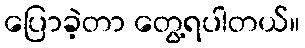
ပြောခဲ့တာ တွေ့ရပါတယ်။